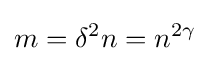
m=\delta ^{2}n=n^{2\gamma }